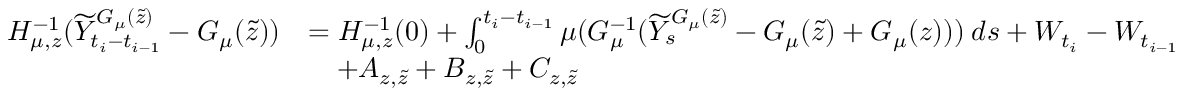
\begin{array} { r l } { H _ { \mu , z } ^ { - 1 } ( \widetilde { Y } _ { t _ { i } - t _ { i - 1 } } ^ { G _ { \mu } ( \tilde { z } ) } - G _ { \mu } ( \tilde { z } ) ) } & { = H _ { \mu , z } ^ { - 1 } ( 0 ) + \int _ { 0 } ^ { t _ { i } - t _ { i - 1 } } \mu ( G _ { \mu } ^ { - 1 } ( \widetilde { Y } _ { s } ^ { G _ { \mu } ( \tilde { z } ) } - G _ { \mu } ( \tilde { z } ) + G _ { \mu } ( z ) ) ) \: d s + W _ { t _ { i } } - W _ { t _ { i - 1 } } } \\ & { \quad + A _ { z , \tilde { z } } + B _ { z , \tilde { z } } + C _ { z , \tilde { z } } } \end{array}